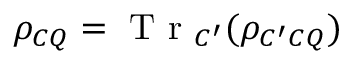
\rho _ { C Q } = \mathrm { ~ T ~ r ~ } _ { C ^ { \prime } } ( \rho _ { C ^ { \prime } C Q } )